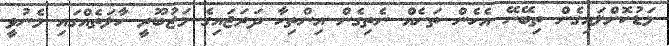
މަޑުކޮށްލައިގެން ތިބޭނޭ އެހެން ތަނެއް ނެތިގެން އިންތިހާ ދަރަޖައިގެ މަޖުބޫރީ ހާލަތެއްގައި މެނުވީ